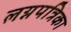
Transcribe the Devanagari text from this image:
लग्नपत्रिका